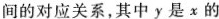
间的对应关系，其中y是x的